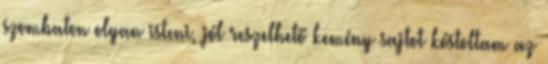
szombaton olyan isteni, jól reszelhető kemény sajtot kóstoltam az